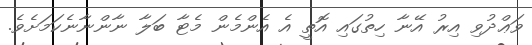
ވަޢްދުވި އިރު އޭނާ ހިތުގައި އޮތީ އެ އެންމެން މެޓާ ބަލާ ނާންނާނެކަމަށެވެ.